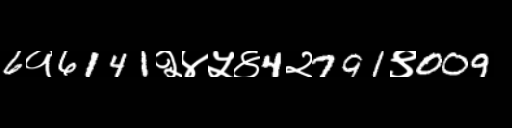
Text: 6१6141२४५४4२791९009